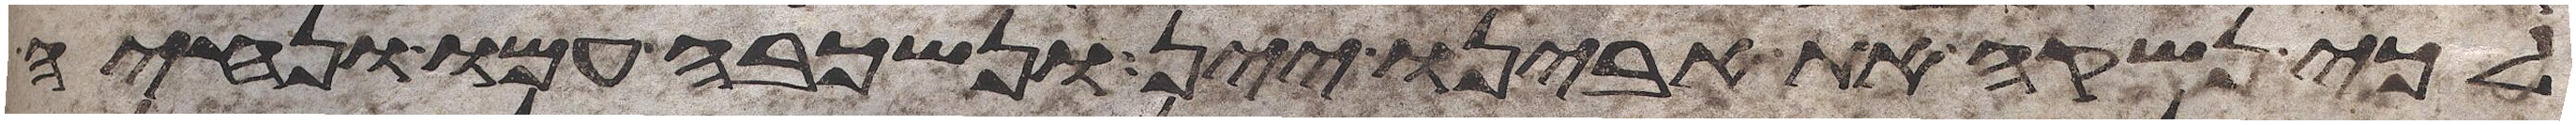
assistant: לכי נשקה את אבינו יין ונשכבה עמו ונחיה